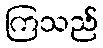
ကြသည်